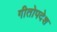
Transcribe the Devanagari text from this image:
गीतोपदेश